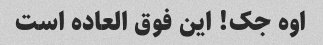
اوه جک! این فوق العاده است